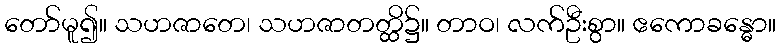
တော်မူ၍။ သဟဇာတေ၊ သဟဇာတတ္ထိ၌။ တာဝ၊ လက်ဦးစွာ။ ဧကောခန္ဓော။